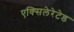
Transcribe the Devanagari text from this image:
एक्सिलेरेटेड